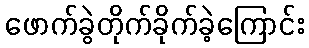
ဖောက်ခွဲတိုက်ခိုက်ခဲ့ကြောင်း